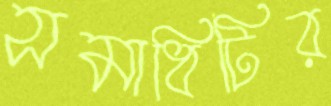
সমাধিটির